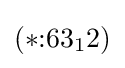
(*{:}63_{1}2)